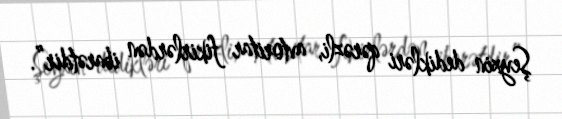
Şeyxin dedikləri qərəzli, avtoritar fikirlərdən ibarətdir”.